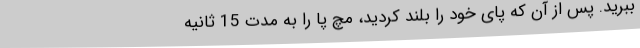
ببرید. پس از آن که پای خود را بلند کردید، مچ پا را به مدت 15 ثانیه